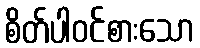
စိတ်ပါဝင်စားသော